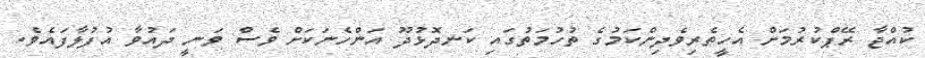
ކުއްޖާ ރޭޕްކުރުމަށް އެހީތެރިވެދިންކަމުގެ ތުހުމަތުގައި ކަނދޮޅުދޫ އަންހެނަކަށް ވެސް ވަނީ ދައުވާ އުފުލާފައެވެ.